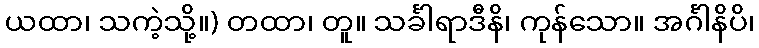
ယထာ၊ သကဲ့သို့။) တထာ၊ တူ။ သင်္ခါရာဒီနိ၊ ကုန်သော။ အင်္ဂါနိပိ၊